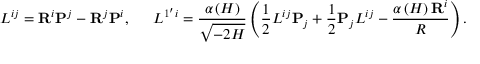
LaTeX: L ^ { i j } = { \bf R } ^ { i } { \bf P } ^ { j } - { \bf R } ^ { j } { \bf P } ^ { i } , \, \, \, \quad L ^ { 1 ^ { \prime } i } = \frac { \alpha \left( H \right) } { \sqrt { - 2 H } } \left( \frac 1 2 L ^ { i j } { \bf P } _ { j } + \frac 1 2 { \bf P } _ { j } L ^ { i j } - \frac { \alpha \left( H \right) { \bf R } ^ { i } } R \right) .